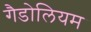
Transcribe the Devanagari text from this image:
गैडोलियम